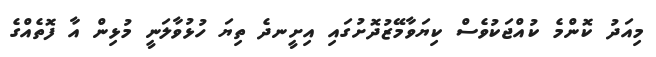
މިއަދު ކޮންމެ ކުއްޖަކުވެސް ކިޔަވާމޭޒުދޮށުގައި އިށީނދެ ތިޔަ ހުޅުވާލަނީ މުޅިން އާ ފޮތެއްގެ